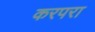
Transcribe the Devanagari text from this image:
करपरा